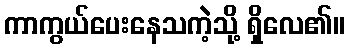
ကာကွယ်ပေးနေသကဲ့သို့ ရှိလေ၏။